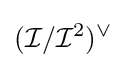
({\mathcal {I}}/{\mathcal {I}}^{2})^{\vee }